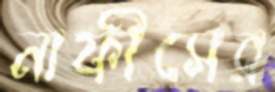
নাফীসের